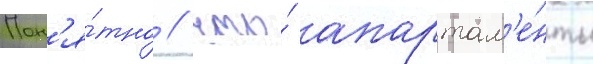
Пон'я́тно / что́ апартам'е́нты